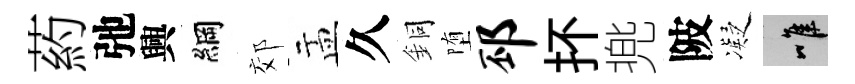
葯弛興綱郊盂久銅堕邳抔兠陂凝唯